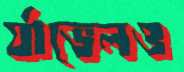
র‍্যাভেলও